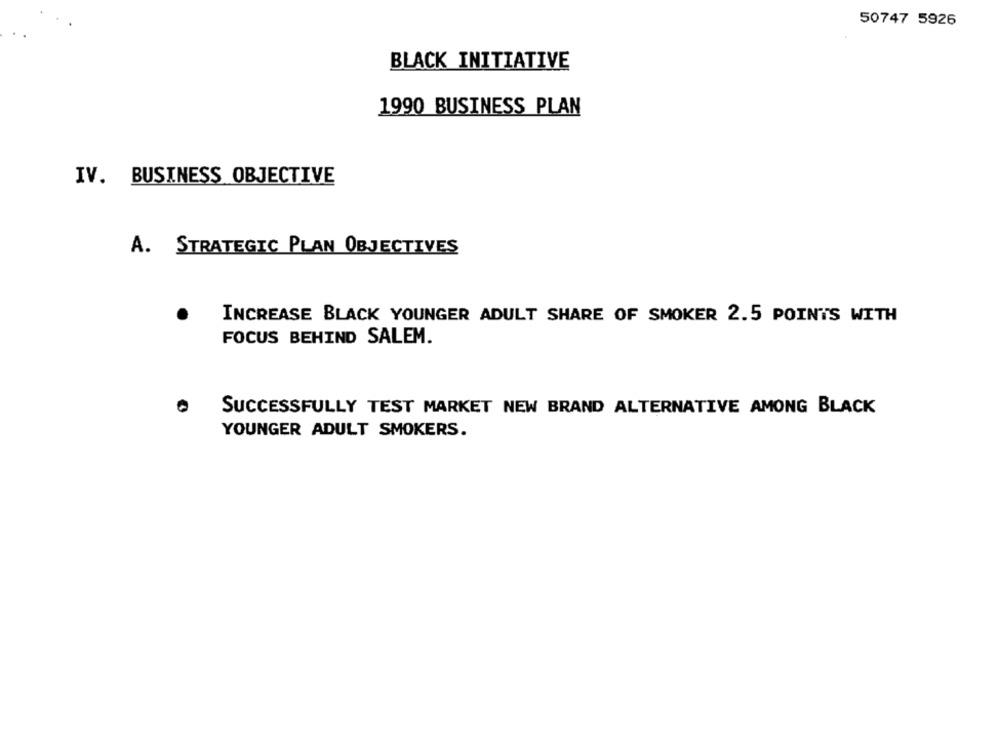
50747 5926
BLACK INITIATIVE
1990 BUSINESS PLAN
IV. BUSINESS OBJECTIVE
A. STRATEGIC PLAN OBJECTIVES
INCREASE BLACK YOUNGER ADULT SHARE OF SMOKER 2.5 POINTS WITH
FOCUS BEHIND SALEM.
SUCCESSFULLY TEST MARKET NEW BRAND ALTERNATIVE AMONG BLACK
YOUNGER ADULT SMOKERS.